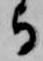
与